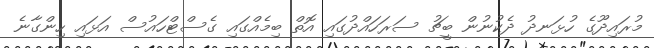
މުރައިދޫގެ ހުޅަނދު ދެކުނުން ބީޗު ސަރަހައްދުގައި އޮތް ބިމެއްގައި ގެސްޓްހައުސް އަޅައި ހިންގާނެ